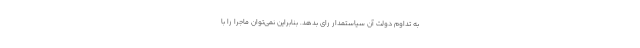
به تداوم دولت آن سیاستمدار رای بدهد. بنابراین نمی‌توان ماجرا را با